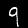
Label: 9